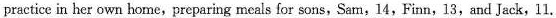
practice in her own home,preparing meals for sons, Sam,14,Finn,13,and Jack, 11.